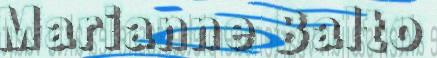
Marianne Balto